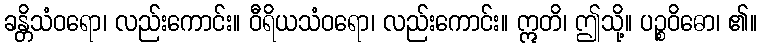
ခန္တိသံဝရော၊ လည်းကောင်း။ ဝီရိယသံဝရော၊ လည်းကောင်း။ ဣတိ၊ ဤသို့။ ပဉ္စဝိဓော၊ ၏။